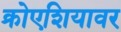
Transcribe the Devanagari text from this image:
क्रोएशियावर